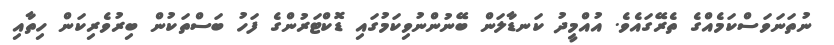
ނުތަނަވަސްކަމެއްގެ ތެރޭގައެވެ. އުއްމީދު ކަނޑާލަން ބޭނުންނުވިކަމުގައި ޑޮކްޓަރުންގެ ފަހު ބަސްތަކުން ބިރުވެރިކަން ހިތާއި